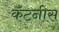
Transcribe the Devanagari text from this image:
कॅंटनीस